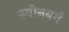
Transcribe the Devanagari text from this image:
स्वीनबर्ग